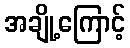
အချို့ကြောင့်